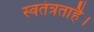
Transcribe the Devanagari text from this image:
स्वतंत्रताहै।